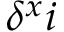
\delta ^ { x } i